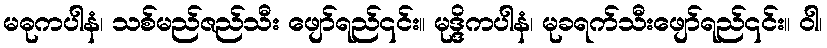
မဓုကပါနံ၊ သစ်မည်ဇည်သီး ဖျော်ရည်၎င်း။ မုဒ္ဒိကပါနံ၊ မုခရက်သီးဖျော်ရည်၎င်း။ ဝါ၊